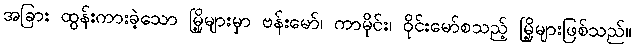
အခြား ထွန်းကားခဲ့သော မြို့များမှာ ဗန်းမော်၊ ကာမိုင်း၊ ဝိုင်းမော်စသည့် မြို့များဖြစ်သည်။